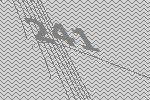
241